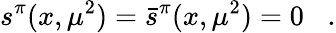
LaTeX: s^{\pi}(x,\mu^{2})=\bar{s}^{\pi}(x,\mu^{2})=0\; \; \; .